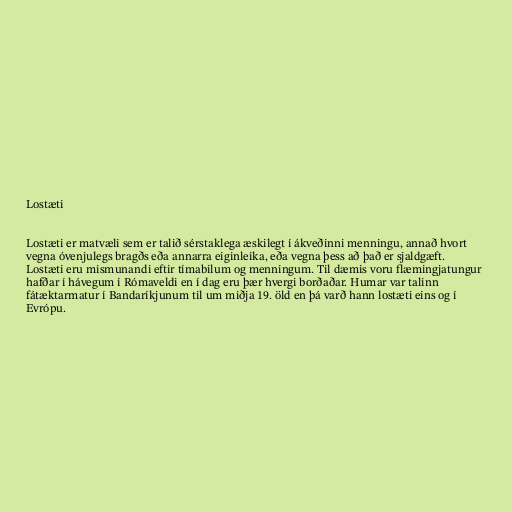
Lostæti

Lostæti er matvæli sem er talið sérstaklega æskilegt í ákveðinni menningu, annað hvort
vegna óvenjulegs bragðs eða annarra eiginleika, eða vegna þess að það er sjaldgæft.
Lostæti eru mismunandi eftir tímabilum og menningum. Til dæmis voru flæmingjatungur
hafðar í hávegum í Rómaveldi en í dag eru þær hvergi borðaðar. Humar var talinn
fátæktarmatur í Bandaríkjunum til um miðja 19. öld en þá varð hann lostæti eins og í
Evrópu.